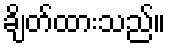
ချိတ်ထားသည်။